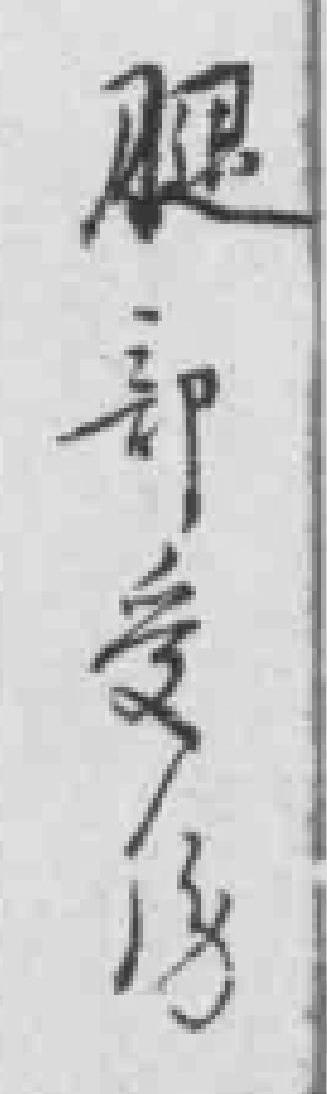
腿部受傷